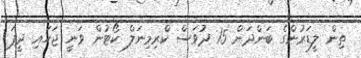
ތިން ލީޑަރުންގެ ބަންދަށް 15 ދުވަސް ކްރިމިނަލް ކޯޓުން ވަނީ ޖަހައި ދީފަ